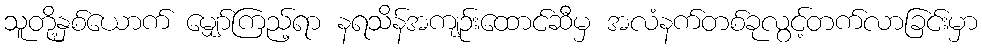
သူတို့နှစ်ယောက် မျှော်ကြည့်ရာ နရသိန်အကျဉ်းထောင်ဆီမှ အလံနက်တစ်ခုလွင့်တက်လာခြင်းမှာ